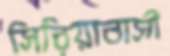
সিরিয়াবাসী